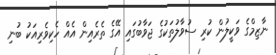
ނާޒިމްގެ ވަކީލުން ކުރި ސުވާލުތަކުގެ ޖަވާބުގައި އޭގެ ތެރެއިން އެއް ހެކިވެރިއަކު ބުނި